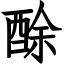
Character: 酴